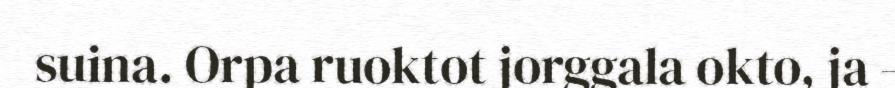
suina. Orpa ruoktot jorggala okto, ja -